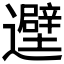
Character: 𬩮